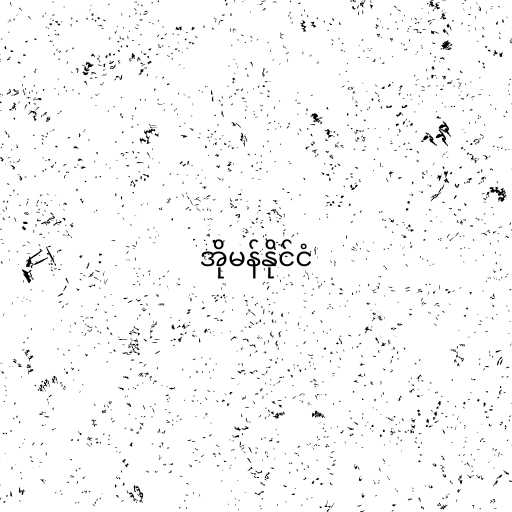
အိုမန်နိုင်ငံ